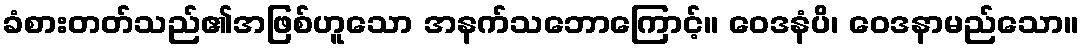
ခံစားတတ်သည်၏အဖြစ်ဟူသော အနက်သဘောကြောင့်။ ဝေဒနံပိ၊ ဝေဒနာမည်သော။